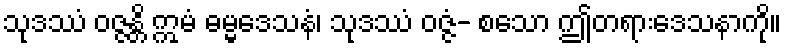
သုဒဿံ ဝဇ္ဇန္တိ ဣမံ ဓမ္မဒေသနံ၊ သုဒဿံ ဝဇ္ဇံ- စသော ဤတရားဒေသနာကို။